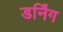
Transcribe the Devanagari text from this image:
डर्निंग